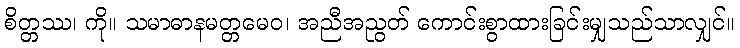
စိတ္တဿ၊ ကို။ သမာဓာနမတ္တမေဝ၊ အညီအညွတ် ကောင်းစွာထားခြင်းမျှသည်သာလျှင်။